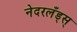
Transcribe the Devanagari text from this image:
नेदरलँड्स्